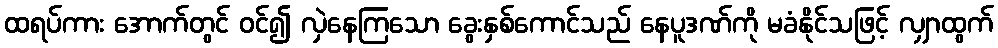
ထရပ်ကား အောက်တွင် ဝင်၍ လှဲနေကြသော ခွေးနှစ်ကောင်သည် နေပူဒဏ်ကို မခံနိုင်သဖြင့် လျှာထွက်